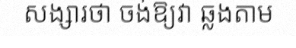
សង្សារថា ចង់ឱ្យវា ឆ្លងតាម